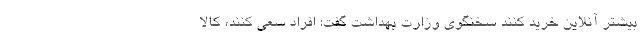
بیشتر آنلاین خرید کنند سخنگوی وزارت بهداشت گفت: افراد سعی کنند، کالا